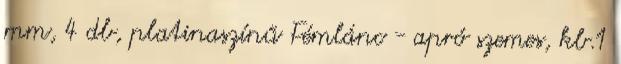
mm, 4 db, platinaszínű Fémlánc - apró szemes, kb.1